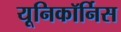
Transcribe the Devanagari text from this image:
यूनिकॉर्निस